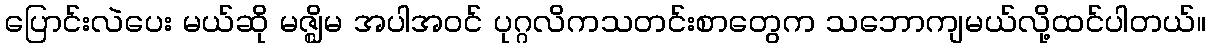
ပြောင်းလဲပေး မယ်ဆို မဇ္ဈိမ အပါအဝင် ပုဂ္ဂလိကသတင်းစာတွေက သဘောကျမယ်လို့ထင်ပါတယ်။